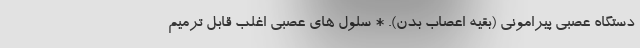
دستگاه عصبی پیرامونی (بقیه اعصاب بدن). * سلول های عصبی اغلب قابل ترمیم